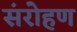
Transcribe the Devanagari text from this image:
संरोहण